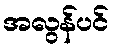
အလွန်ပင်